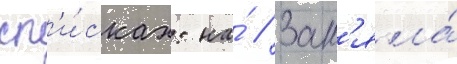
сп'и́сках: на́ // Зан'яла́